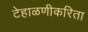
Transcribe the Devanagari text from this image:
टेहाळणीकरिता